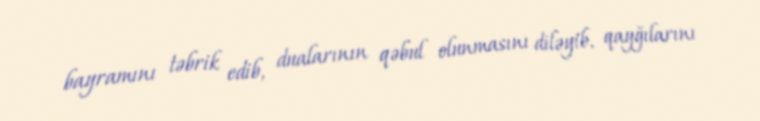
bayramını təbrik edib, dualarının qəbul olunmasını diləyib, qayğılarını